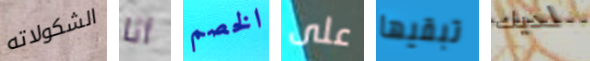
الشكولاته أنا الخصم على تبقيها لديك